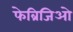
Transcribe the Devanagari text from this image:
फेब्रिजिओ